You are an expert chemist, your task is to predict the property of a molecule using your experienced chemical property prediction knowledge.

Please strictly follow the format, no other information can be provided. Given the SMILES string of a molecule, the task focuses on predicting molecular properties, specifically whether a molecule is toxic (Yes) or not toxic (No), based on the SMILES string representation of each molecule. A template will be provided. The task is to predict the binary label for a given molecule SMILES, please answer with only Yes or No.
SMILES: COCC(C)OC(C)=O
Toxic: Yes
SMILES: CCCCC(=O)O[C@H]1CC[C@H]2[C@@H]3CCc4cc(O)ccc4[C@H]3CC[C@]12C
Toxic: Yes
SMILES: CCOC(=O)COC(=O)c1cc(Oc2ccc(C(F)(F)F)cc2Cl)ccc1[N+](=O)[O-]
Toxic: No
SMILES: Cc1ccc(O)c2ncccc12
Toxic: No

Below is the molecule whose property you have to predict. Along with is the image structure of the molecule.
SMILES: Clc1ccnc(Cl)n1
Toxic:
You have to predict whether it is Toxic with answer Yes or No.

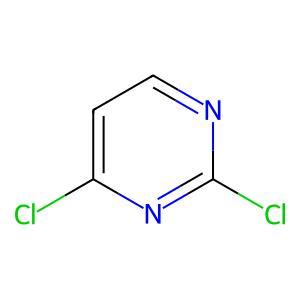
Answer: No